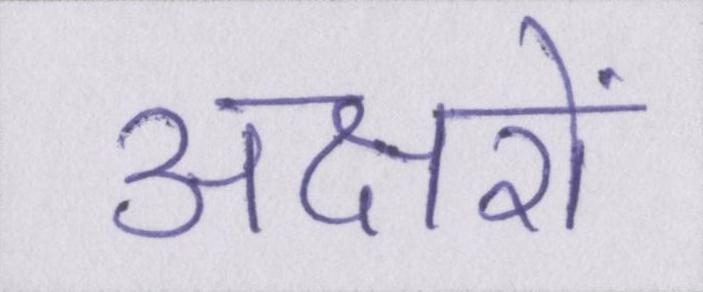
अक्षरों